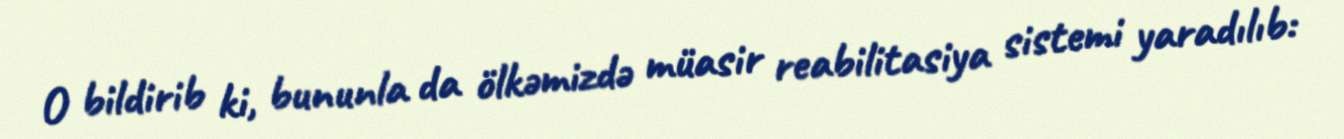
O bildirib ki, bununla da ölkəmizdə müasir reabilitasiya sistemi yaradılıb: